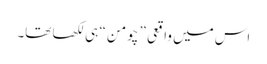
اس میں واقعی ” چومن “ ہی لکھا تھا۔